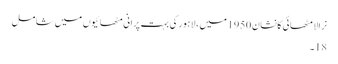
نرالا مٹھائی کانشان 1950 میں ، لاہور کی بہت پرانی مٹھائیوں میں شامل
18۔